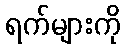
ရက်များကို